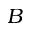
B